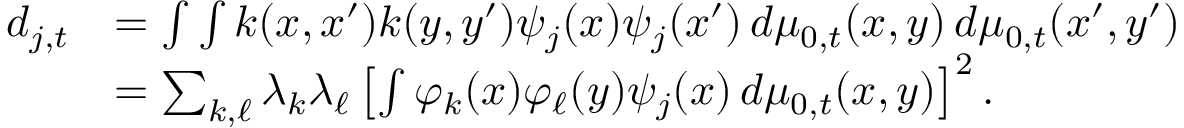
\begin{array} { r l } { d _ { j , t } } & { = \int \int k ( x , x ^ { \prime } ) k ( y , y ^ { \prime } ) \psi _ { j } ( x ) \psi _ { j } ( x ^ { \prime } ) \, d \mu _ { 0 , t } ( x , y ) \, d \mu _ { 0 , t } ( x ^ { \prime } , y ^ { \prime } ) } \\ & { = \sum _ { k , \ell } \lambda _ { k } \lambda _ { \ell } \left[ \int \varphi _ { k } ( x ) \varphi _ { \ell } ( y ) \psi _ { j } ( x ) \, d \mu _ { 0 , t } ( x , y ) \right] ^ { 2 } . } \end{array}